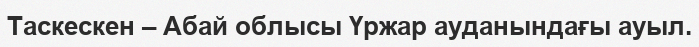
Таскескен – Абай облысы Үржар ауданындағы ауыл.